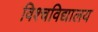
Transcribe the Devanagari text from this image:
विश्चविद्यालय